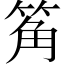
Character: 䇶